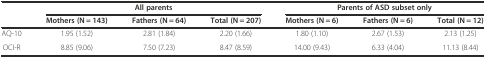
|  | <COLSPAN=3> All parents | <COLSPAN=3> Parents of ASD subset only |
 |  | Mothers(N = 143) | Fathers(N = 64) | Total(N = 207) | Mothers(N = 6) | Fathers(N = 6) | Total(N = 12) |
 | --- | --- | --- | --- | --- | --- | --- |
 | AQ-10 | 1.95 (1.52) | 2.81 (1.84) | 2.20 (1.66) | 1.80 (1.10) | 2.67 (1.53) | 2.13 (1.25) |
 | OCI-R | 8.85 (9.06) | 7.50 (7.23) | 8.47 (8.59) | 14.00 (9.43) | 6.33 (4.04) | 11.13 (8.44) |